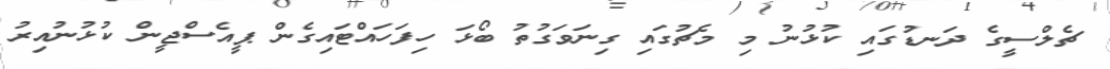
ޗެލްސީގެ ދަނޑުގައި ކުޅުނު މި މެޗުގައި ގިނަވަގުތު ބޯޅަ ހިފަހައްޓައިގެން ޕީއެސްޖީން ކުޅުނުއިރު